Indian journal of veterinary science and animal husbandry - Volume 14,
Year: 1944
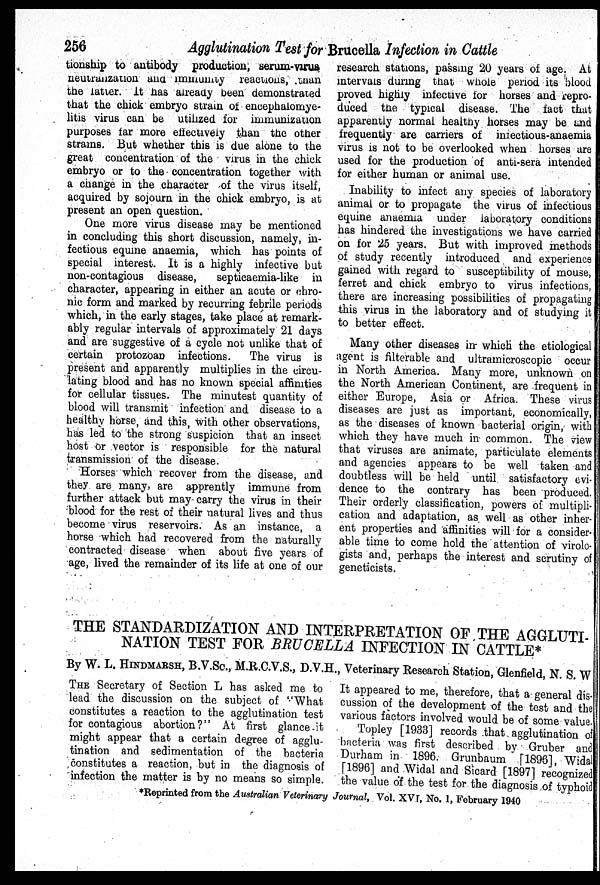
256
Agglutination Test for Brucella Infection in Cattle
tionship to antibody production, serum-virus
neutralization and immunity reactions, than
the latter. It has already been demonstrated
that the chick embryo strain of encephalomye-
litis virus can be utilized for immunization
purposes far more effectively than the other
strams. But whether this is due alone to the
great concentration of the virus in the chick
embryo or to the concentration together with
a change in the character of the virus itself,
acquired by sojourn in the chick embryo, is at
present an open question.
One more virus disease may be mentioned
in concluding this short discussion, namely, in-
fectious equine anaemia, which has points of
special interest. It is a highly infective but
non-contagious disease,
septicaemia-like in
character, appearing in either an acute or chro-
nic form and marked by recurring febrile periods
which, in the early stages, take place at remark-
ably regular intervals of approximately 21 days
and are suggestive of a cycle not unlike that of
certain protozoan infections. The virus is
present and apparently multiplies in the circu-
lating blood and has no known special affinities
for cellular tissues. The minutest quantity of
blood will transmit infection and disease to a
healthy horse, and this, with other observations,
has led to the strong suspicion that an insect
host or vector is responsible for the natural
transmission of the disease.
Horses which recover from the disease, and
they are many, are apprently immune from
further attack but may carry the virus in their
blood for the rest of their natural lives and thus
become virus reservoirs. As an instance, a
horse which had recovered from the naturally
contracted disease when about five years of
age, lived the remainder of its life at one of our
research stations, passing 20 years of age. At
intervals during that whole period its blood
proved highly infective for horses and repro-
duced the typical disease. The fact that
apparently normal healthy horses may be and
frequently are carriers of infectious-anaemia
virus is not to be overlooked when horses are
used for the production of anti-sera intended
for either human or animal use.
Inability to infect any species of laboratory
animal or to propagate the virus of infectious
equine anaemia under laboratory conditions
has hindered the investigations we have carried
on for 25 years. But with improved methods
of study recently introduced and experience
gained with regard to susceptibility of mouse,
ferret and chick embryo to virus infections,
there are increasing possibilities of propagating
this virus in the laboratory and of studying it
to better effect.
Many other diseases in which the etiological
agent is filterable and ultramicroscopic occur
in North America. Many more, unknown on
the North American Continent, are frequent in
either Europe, Asia or Africa. These virus
diseases are just as important, economically,
as the diseases of known bacterial origin, with
which they have much in common. The view
that viruses are animate, particulate elements
and agencies appears to be well taken and
doubtless will be held until satisfactory evi-
dence to the contrary has been produced.
Their orderly classification, powers of multipli-
cation and adaptation, as well as other inher-
ent properties and affinities will for a consider-
able time to come hold the attention of virolo-
gists and, perhaps the interest and scrutiny of
geneticists.
THE STANDARDIZATION AND INTERPRETATION OF THE AGGLUTI¬
NATION TEST FOR BRUCELLA INFECTION IN CATTLE*
By W. L. HINDMARSH, B.V.Sc., M.R.C.V.S., D.V.H., Veterinary Research Station, Glenfield, N. S. W
THE Secretary of Section L has asked me to
lead the discussion on the subject of "What
constitutes a reaction to the agglutination test
for contagious abortion?" At first glance it
might appear that a certain degree of agglu-
tination and sedimentation of the bacteria
constitutes a reaction, but in the diagnosis of
infection the matter is by no means so simple.
It appeared to me, therefore, that a general dis-
cussion of the development of the test and the
various factors involved would be of some value.
Topley [1933] records that agglutination of
bacteria was first described by Gruber and
Durham in 1896. Grunbaum [1896], Widal
[1896] and Widal and Sicard [1897] recognized
the value of the test for the diagnosis of typhoid
*Reprinted from the Australian Veterinary Journal, Vol. XVI, No. 1, February 1940